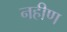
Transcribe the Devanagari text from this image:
नहीण